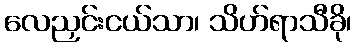
လေညှင်းငယ်သာ၊ သိဟ်ရာသီခို၊